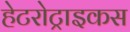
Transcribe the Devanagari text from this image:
हेटरोट्राइकस